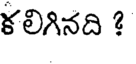
కలిగినది ?